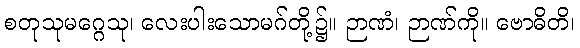
စတုသုမဂ္ဂေသု၊ လေးပါးသောမဂ်တို့၌။ ဉာဏံ၊ ဉာဏ်ကို။ ဗောဓိတိ၊